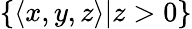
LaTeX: \{ \langle x,y,z\rangle|z>0\}